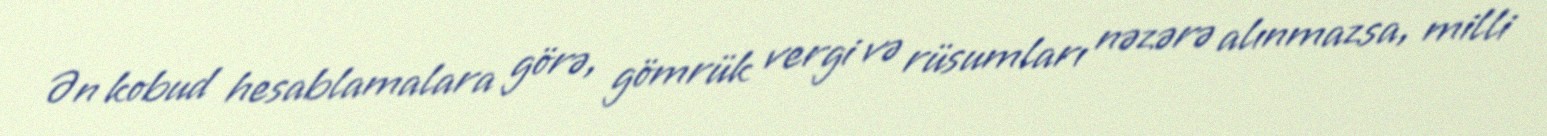
Ən kobud hesablamalara görə, gömrük vergi və rüsumları nəzərə alınmazsa, milli